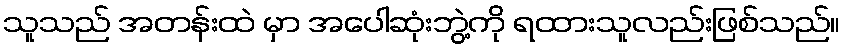
သူသည် အတန်းထဲ မှာ အပေါဆုံးဘွဲ့ကို ရထားသူလည်းဖြစ်သည်။